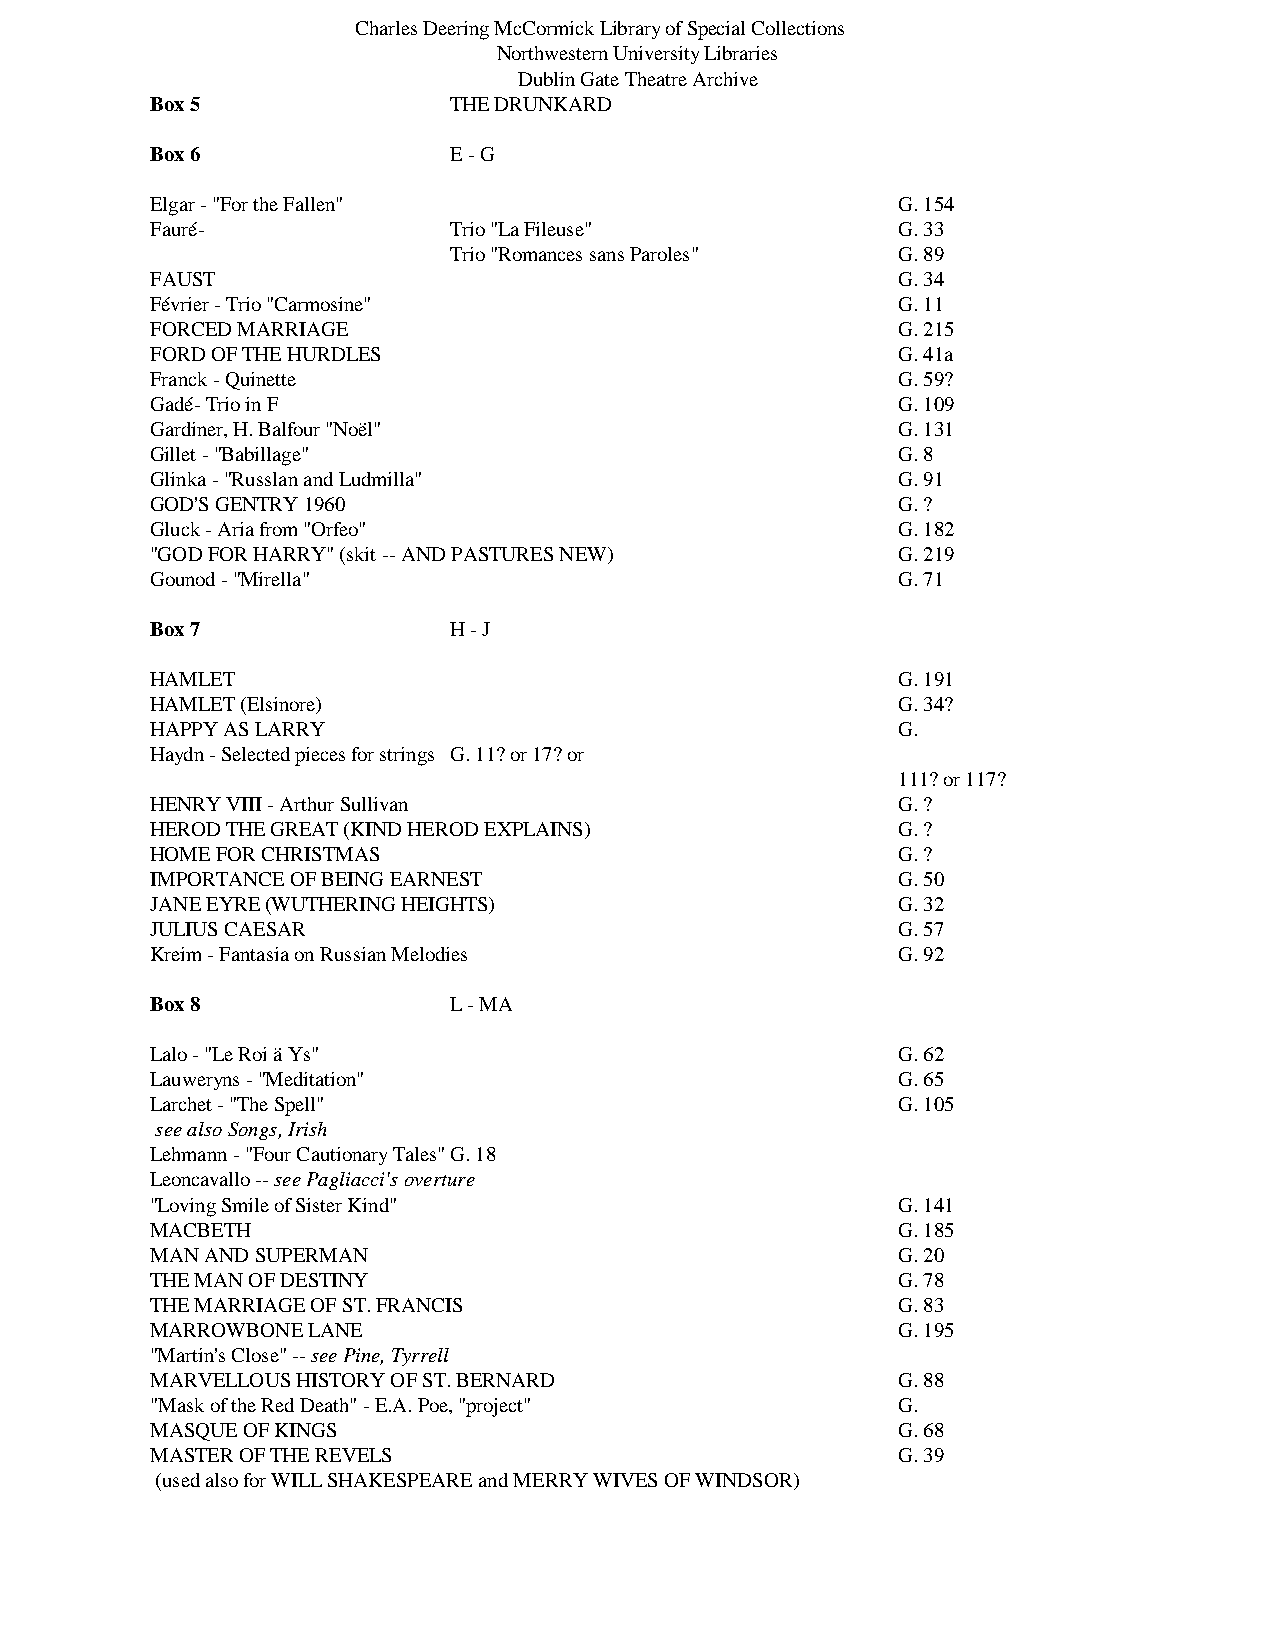
Charles Deering McCormick Library of Special Collections
 Northwestern University Libraries
 Dublin Gate Theatre Archive
 Box 5               THE DRUNKARD
 Box 6               E - G
 Elgar - "For the Fallen"                         G. 154
 Fauré-              Trio "La Fileuse"            G. 33
 Trio "Romances sans Paroles" G. 89
 FAUST                                            G. 34
 Février - Trio "Carmosine"                       G. 11
 FORCED MARRIAGE                                  G. 215
 FORD OF THE HURDLES                              G. 41a
 Franck - Quinette                                G. 59?
 Gadé- Trio in F                                  G. 109
 Gardiner, H. Balfour "Noël"                      G. 131
 Gillet - "Babillage"                             G. 8
 Glinka - "Russlan and Ludmilla"                  G. 91
 GOD'S GENTRY 1960                                G. ?
 Gluck - Aria from "Orfeo"                        G. 182
 "GOD FOR HARRY" (skit -- AND PASTURES NEW)       G. 219
 Gounod - "Mirella"                               G. 71
 Box 7               H - J
 HAMLET                                           G. 191
 HAMLET (Elsinore)                                G. 34?
 HAPPY AS LARRY                                   G.
 Haydn - Selected pieces for strings G. 11? or 17? or
 111? or 117?
 HENRY VIII - Arthur Sullivan                     G. ?
 HEROD THE GREAT (KIND HEROD EXPLAINS)            G. ?
 HOME FOR CHRISTMAS                               G. ?
 IMPORTANCE OF BEING EARNEST                      G. 50
 JANE EYRE (WUTHERING HEIGHTS)                    G. 32
 JULIUS CAESAR                                    G. 57
 Kreim - Fantasia on Russian Melodies             G. 92
 Box 8               L - MA
 Lalo - "Le Roi ä Ys"                             G. 62
 Lauweryns - "Meditation"                         G. 65
 Larchet - "The Spell"                            G. 105
 see also Songs, Irish
 Lehmann - "Four Cautionary Tales" G. 18
 Leoncavallo -- see Pagliacci's overture
 "Loving Smile of Sister Kind"                    G. 141
 MACBETH                                          G. 185
 MAN AND SUPERMAN                                 G. 20
 THE MAN OF DESTINY                               G. 78
 THE MARRIAGE OF ST. FRANCIS                      G. 83
 MARROWBONE LANE                                  G. 195
 "Martin's Close" -- see Pine, Tyrrell
 MARVELLOUS HISTORY OF ST. BERNARD                G. 88
 "Mask of the Red Death" - E.A. Poe, "project"    G.
 MASQUE OF KINGS                                  G. 68
 MASTER OF THE REVELS                             G. 39
 (used also for WILL SHAKESPEARE and MERRY WIVES OF WINDSOR)